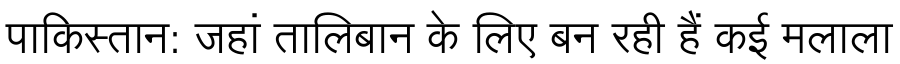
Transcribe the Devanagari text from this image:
पाकिस्तान: जहां तालिबान के लिए बन रही हैं कई मलाला